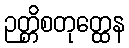
ဉတ္တိစတုတ္ထေန